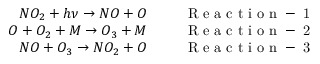
\begin{array} { r } { N O _ { 2 } + h \nu \rightarrow N O + O \; \; \; \; \; \; \; \; \; \mathrm { ~ R ~ e ~ a ~ c ~ t ~ i ~ o ~ n ~ - ~ 1 ~ } } \\ { O + O _ { 2 } + M \rightarrow O _ { 3 } + M \; \; \; \; \; \; \; \; \; \mathrm { ~ R ~ e ~ a ~ c ~ t ~ i ~ o ~ n ~ - ~ 2 ~ } } \\ { N O + O _ { 3 } \rightarrow N O _ { 2 } + O \; \; \; \; \; \; \; \; \; \mathrm { ~ R ~ e ~ a ~ c ~ t ~ i ~ o ~ n ~ - ~ 3 ~ } } \end{array}